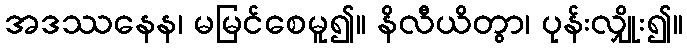
အဒဿနေန၊ မမြင်စေမူ၍။ နိလီယိတွာ၊ ပုန်းလျှိုး၍။